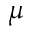
\mu